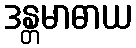
ဒန္တမာဓာယ